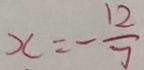
x = - \frac { 1 2 } { 7 }